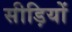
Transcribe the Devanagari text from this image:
सीड़ियों